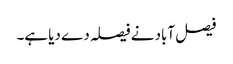
فیصل آباد نے فیصلہ دے دیا ہے۔